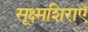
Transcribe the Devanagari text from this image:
सूक्ष्मशिराएँ